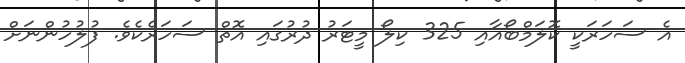
އެ ސަހަރަކީ ކޮލަމްބޯއާއި 325 ކިލޯ މީޓަރު ދުރުގައި އޮތް ސަހަރެކެވެ. ފުލުހުންނަށް